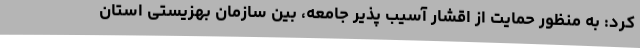
کرد: به منظور حمایت از اقشار آسیب پذیر جامعه، بین سازمان بهزیستی استان